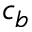
c _ { b }